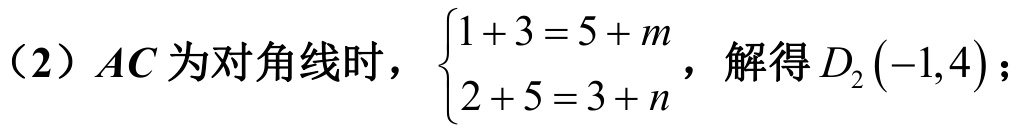
（2）$AC$为对角线时，$\begin{cases}1 + 3 = 5 + m\\2 + 5 = 3 + n\end{cases}$，解得$D_2(-1,4)$；